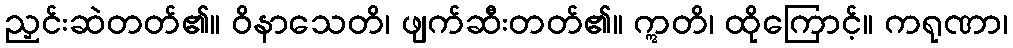
ညှင်းဆဲတတ်၏။ ဝိနာသေတိ၊ ဖျက်ဆီးတတ်၏။ ဣတိ၊ ထိုကြောင့်။ ကရုဏာ၊